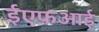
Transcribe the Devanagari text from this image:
ईएफ़आई